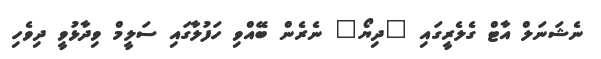
ނެޝަނަލް އާޓް ގެލެރީގައި "ދިޔޯ" ނެރެން ބޭއްވި ހަފުލާގައި ސަލީމް ވިދާޅުވީ ދިވެހި